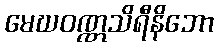
မေဃဝဏ္ဏသိရီနိဘော